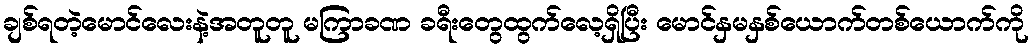
ချစ်ရတဲ့မောင်လေးနဲ့အတူတူ မကြာခဏ ခရီးတွေထွက်လေ့ရှိပြီး မောင်နှမနှစ်ယောက်တစ်ယောက်ကို